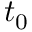
t _ { 0 }